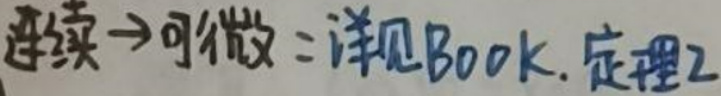
连续\(\rightarrow\)可微\(=\)详见Book.定理2